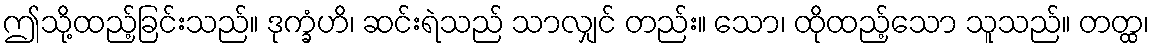
ဤသို့ထည့်ခြင်းသည်။ ဒုက္ခံဟိ၊ ဆင်းရဲသည် သာလျှင် တည်း။ သော၊ ထိုထည့်သော သူသည်။ တတ္ထ၊